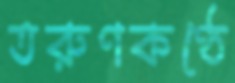
তরুণকণ্ঠে